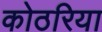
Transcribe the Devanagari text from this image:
कोठरिया